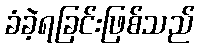
ခံခဲ့ရခြင်းဖြစ်သည်